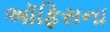
અૉફિસના